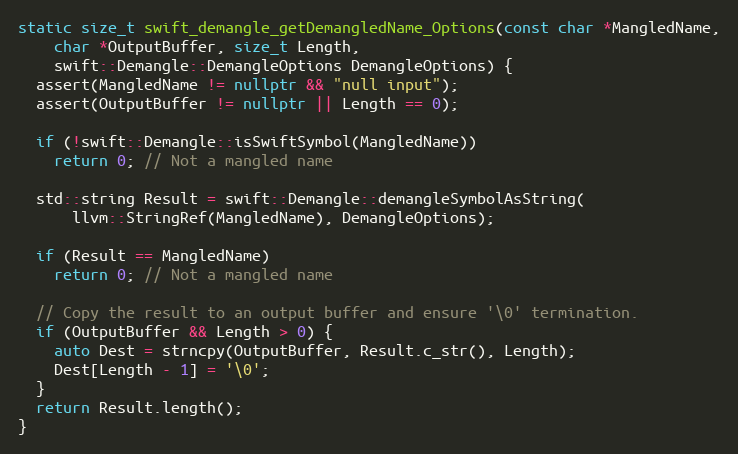
Language: C++
static size_t swift_demangle_getDemangledName_Options(const char *MangledName,
    char *OutputBuffer, size_t Length,
    swift::Demangle::DemangleOptions DemangleOptions) {
  assert(MangledName != nullptr && "null input");
  assert(OutputBuffer != nullptr || Length == 0);

  if (!swift::Demangle::isSwiftSymbol(MangledName))
    return 0; // Not a mangled name

  std::string Result = swift::Demangle::demangleSymbolAsString(
      llvm::StringRef(MangledName), DemangleOptions);

  if (Result == MangledName)
    return 0; // Not a mangled name

  // Copy the result to an output buffer and ensure '\0' termination.
  if (OutputBuffer && Length > 0) {
    auto Dest = strncpy(OutputBuffer, Result.c_str(), Length);
    Dest[Length - 1] = '\0';
  }
  return Result.length();
}